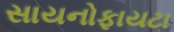
સાયનોફાયટા